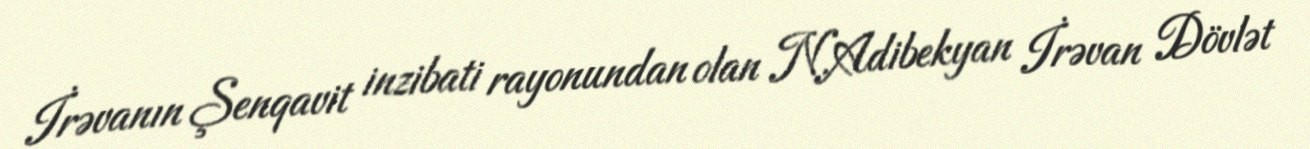
İrəvanın Şenqavit inzibati rayonundan olan N.Adibekyan İrəvan Dövlət